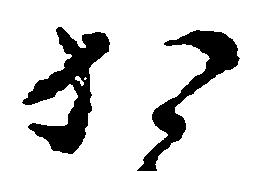
か